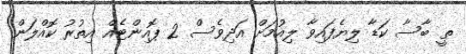
ތީ ބާސާ ކަޑާ ލިޔެފައިވާ ލިއުމަށް އަދިވެސް 2 ޕޮއިންޓެއް އިތުރު ކޮއްލަން